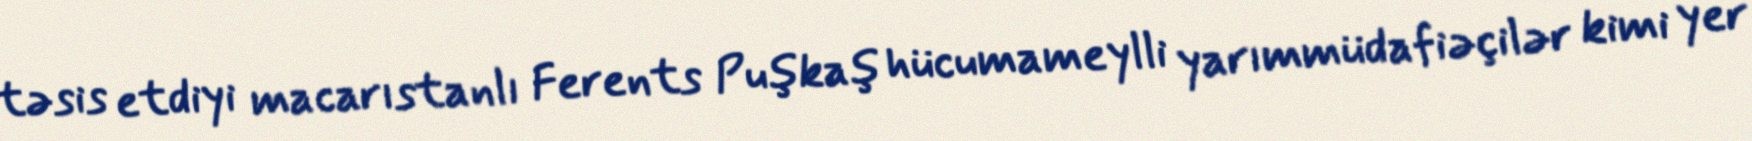
təsis etdiyi macarıstanlı Ferents Puşkaş hücumameylli yarımmüdafiəçilər kimi yer